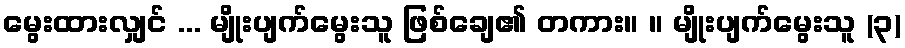
မွေးထားလျှင် ... မျိုးပျက်မွေးသူ ဖြစ်ချေ၏ တကား။ ။ မျိုးပျက်မွေးသူ (၃)